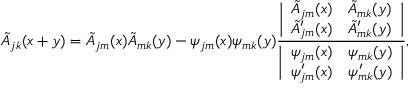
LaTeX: \tilde { A } _ { j k } ( x + y ) = \tilde { A } _ { j m } ( x ) \tilde { A } _ { m k } ( y ) - \psi _ { j m } ( x ) \psi _ { m k } ( y ) { \frac { \biggl | \begin{array} { l l } { { \tilde { A } _ { j m } ( x ) } } & { { \tilde { A } _ { m k } ( y ) } } \\ { { \tilde { A } \sp \prime _ { j m } ( x ) } } & { { \tilde { A } \sp \prime _ { m k } ( y ) } } \end{array} \biggr | } { \biggl | \begin{array} { l l } { { \psi _ { j m } ( x ) } } & { { \psi _ { m k } ( y ) } } \\ { { \psi \sp \prime _ { j m } ( x ) } } & { { \psi \sp \prime _ { m k } ( y ) } } \end{array} \biggr | } } ,